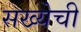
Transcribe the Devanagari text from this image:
सख्येची